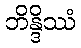
ဘိန္ဒိဿံ